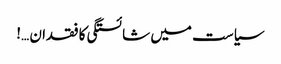
سیاست میں شائستگی کا فقدان …!